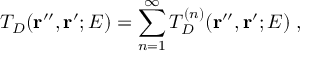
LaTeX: T _ { D } ( { \bf r ^ { \prime \prime } } , { \bf r ^ { \prime } } ; E ) = \sum _ { n = 1 } ^ { \infty } T _ { D } ^ { ( n ) } ( { \bf r ^ { \prime \prime } } , { \bf r ^ { \prime } } ; E ) \; ,